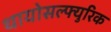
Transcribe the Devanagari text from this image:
थायोसल्फ्युरिक